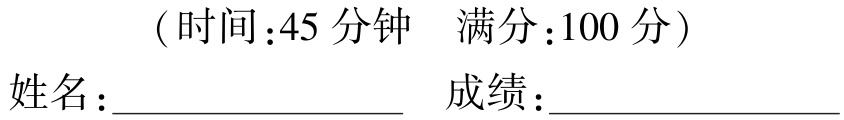
（时间：45 分钟  满分：100 分）
姓名：________________  成绩：________________